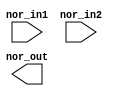
// This program was cloned from: https://github.com/chipsalliance/aib-phy-hardware
// License: Apache License 2.0

// SPDX-License-Identifier: Apache-2.0
// Copyright (C) 2019 Intel Corporation. 
//****************************************************************************************
// (C) 2011 Altera Corporation. .
//
//****************************************************************************************

//------------------------------------------------------------------------
// Description: standard nor2 gate
//
//------------------------------------------------------------------------

module altr_hps_nor2
    (
    input  wire              nor_in1,     // and input 1
    input  wire              nor_in2,     // and input 2
    output  wire             nor_out      // and output
     );

`ifdef ALTR_HPS_INTEL_MACROS_OFF
    assign nor_out = ~(nor_in1 | nor_in2);
`else
`endif

endmodule // altr_hps_nor2